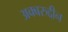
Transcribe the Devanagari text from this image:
अक्बरुद्दीन